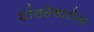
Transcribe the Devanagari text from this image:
शांततेसाठीचा